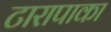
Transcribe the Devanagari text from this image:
टारापाका